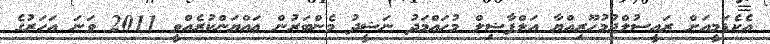
އެކެޑަމީއަށް ރައީސުލްޖުމުހޫރިއްޔާ އަލްފާޟިލް މުޙައްމަދު ނަޝީދު މެންބަރުން ޢައްޔަންކުރެއްވީ 2011 ވަނަ އަހަރުގެ